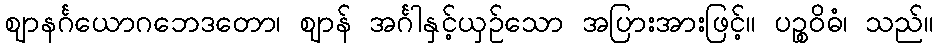
ဈာနင်္ဂယောဂဘေဒတော၊ ဈာန် အင်္ဂါနှင့်ယှဉ်သော အပြားအားဖြင့်။ ပဉ္စဝိဓံ၊ သည်။